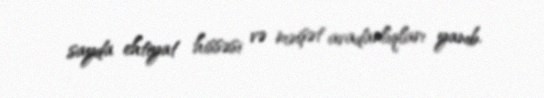
sayda ehtiyat hissəsi və məişət avadanlıqları yanıb.